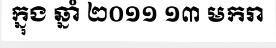
ក្នុង ឆ្នាំ ២០១១ ១៣ មករា